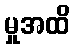
မှုအထိ